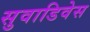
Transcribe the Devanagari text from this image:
सुवाडिवेस